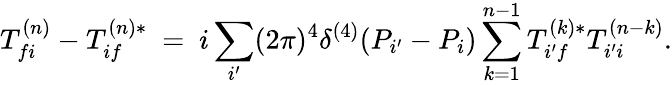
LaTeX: T_{fi}^{(n)}-T_{if}^{(n)*}\ =\ i\sum_{i^{\prime}}(2\pi)^{4}\delta^{(4)}(P_{i^{\prime}}-P_{i})\sum_{k=1}^{n-1}T_{i^{\prime}f}^{(k)*}T_{i^{\prime}i}^{(n-k)}.